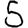
Digit: 5